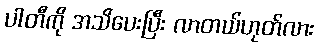
ပါတီကို အသိပေးပြီး လာတယ်ဟုတ်လား